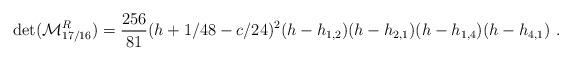
LaTeX: \begin{align*}\det({\cal M}^R_{17/16})={256\over81}(h+1/48-c/24)^2 (h-h_{1,2})(h-h_{2,1})(h-h_{1,4})(h-h_{4,1}){}~.\end{align*}